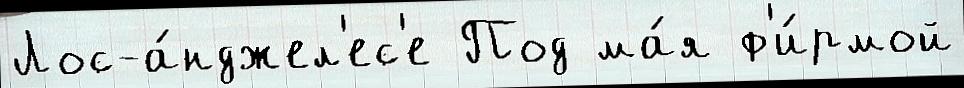
Лос-а́нджел'ес'е Под ма́я ф'и́рмой